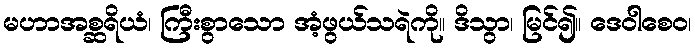
မဟာအစ္ဆရိယံ၊ ကြီးစွာသော အံ့ဖွယ်သရဲကို။ ဒိသွာ၊ မြင်၍။ ဒေဝါစေဝ၊